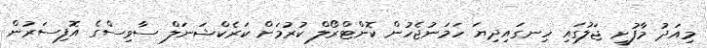
މިއަދު މާފުށީ ޖަލުގައި ހިނގައިދިޔަ ހަމަނުޖެހުން ކޮންޓްރޯލް ކުރުމަށް ކަރެކްޝަނަލް ސާވިސްގެ އޮފިސަރުން